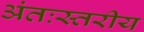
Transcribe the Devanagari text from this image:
अंतःस्तरीय